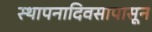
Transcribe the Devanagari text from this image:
स्थापनादिवसापासून